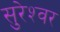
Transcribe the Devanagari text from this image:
सुरेश्‍वर